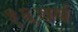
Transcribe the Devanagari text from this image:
१६वर्ष